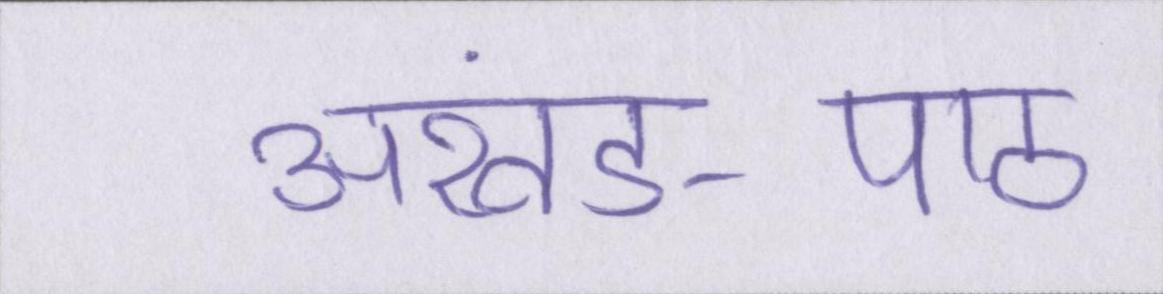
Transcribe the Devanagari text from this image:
अखंड-पाठ